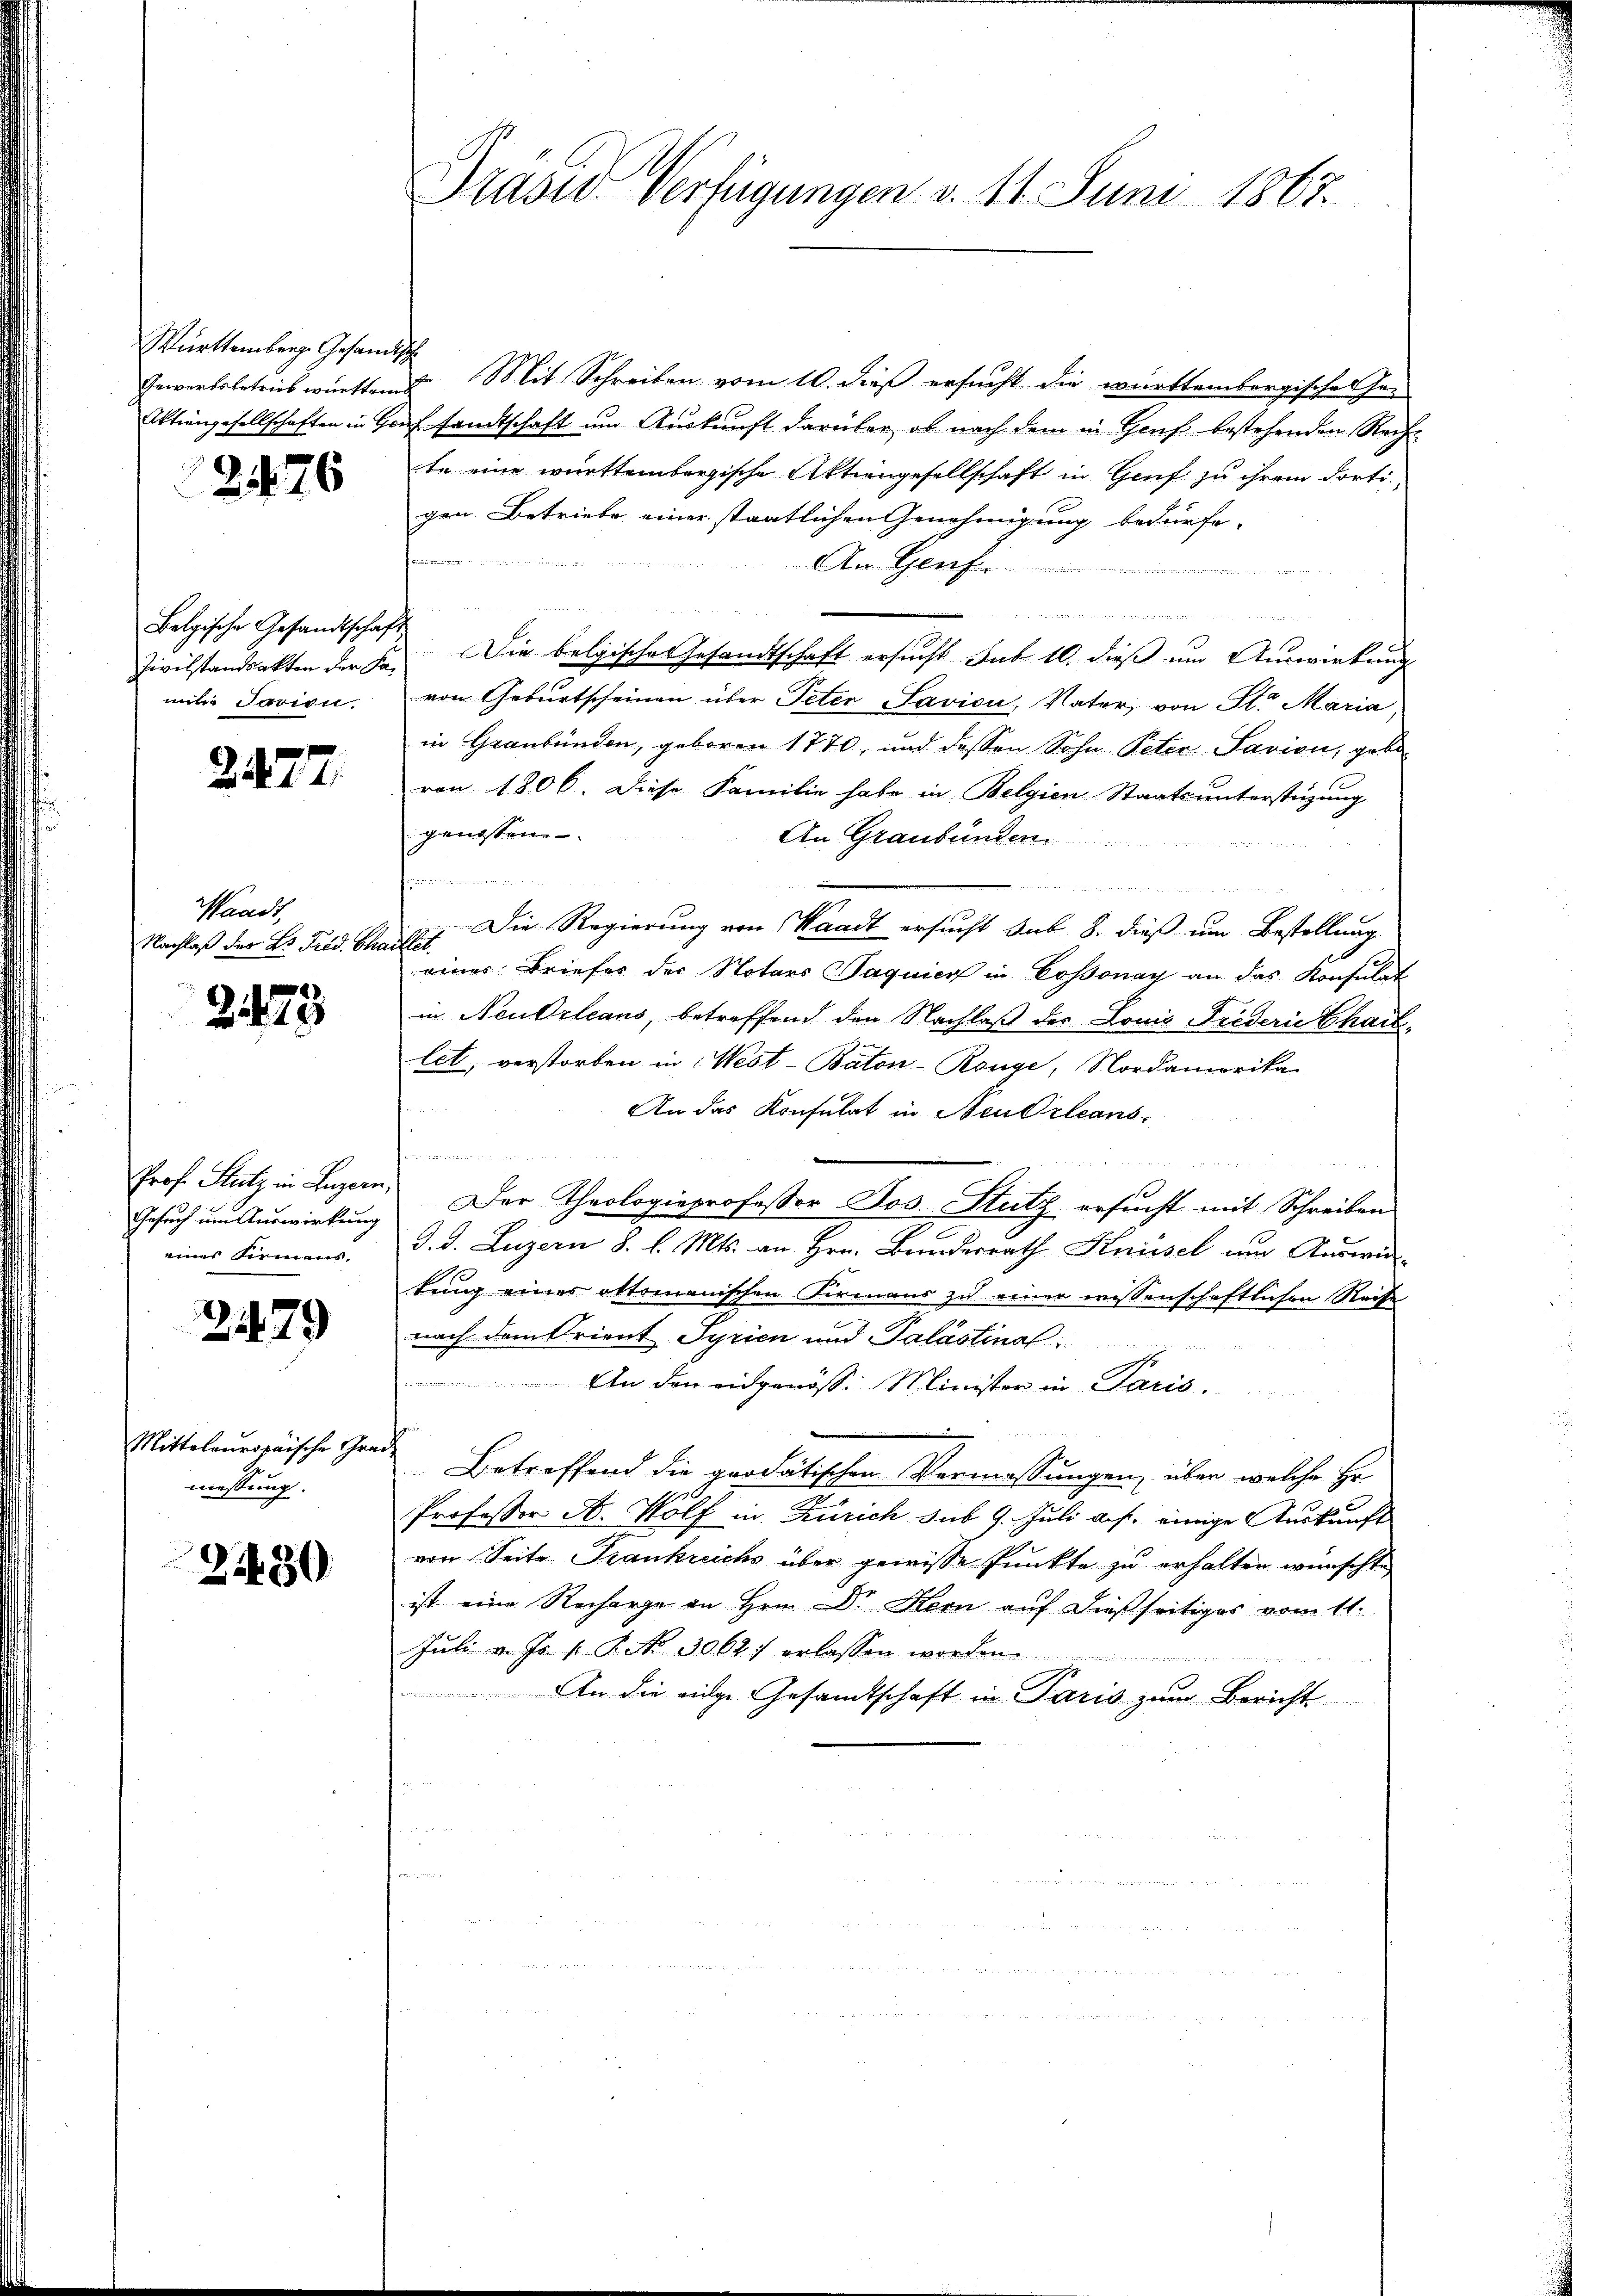
Württemberg. Gesandtsch

2476

Belgische Gesandtschaft
milie darin.

2477.

Waadt,
Nachlaß der Dr. Fred. Chaillet

2125

Gesuch um Auswirkung
eines Formens,

2479

Mittelauropäische Graniessung.

2480

Präsid Verfügungen v. 11. Juni 1867.

Gewerbsbetrieb württem Mit Schreiben vom 10. dieß ersucht die württembergischen Gen
Aktrangesellschaften in Hausandtschaft um Auskunft darüber, ob nach dem in Genf bestehenden Recht
te eine württembergische Aktiengesellschaft in Genf zu ihrem dortigen Betriebe einer staatlichen Genehmigung bedürfe,
f Bremente i
An Genf
de er de
 et man und des

Zivilstandsakten der Fa. Die belgische Gesandtschaft ersucht sub 10. dieß um Auswirkung
von Geburtscheinen über Peter Savion, Vater, von St. Maria,
in Graubünden, geboren 1770, und dessen Sohn Peter Savion, geboren 1806. Diese Familie habe in Belgien Staatsunterstüzung
grüssten
An Graubünden.
e
Die Regierung von Waadt ersucht sub. 8. dieß um Bestellung
eines Briefes der Notars Paquier in Cossonay an das Konsulat
in Neubrleans, betreffend den Nachlaß des Louis Fiederie Chaislet, verstorben in West-Baton-Ronge, Nordamerika
An das Konsulat in Neu Orleans
u
Prof. Stutz in Luzern. Der Theologieprofessor Jos. Stutz ersucht mit Schreiben
i
J. d. Luzern 8. l. Mts. an Hrn. Bunderrath Knüsel um Auswir-
kung eines ottomanischen Firmans zu einer wissenschaftlichen Reise
nach dem Orient Syrien und Palästinal

An den eidgenöss. Minister in Paris.
de Betreffend die prodatischen Vermassungen, über welche Hr.
Professor A. Wolf in Zürich sub 9. Juli a. f. einige Auskunft
von Seite Frankreichs über gewisse Punkte zu erhalten wünschte
ist eine Recharge an Hrn. Dr Kern auf dießseitiges vom 11.
Juli v. Js. f. P. Nr. 30627 erlassen worden.
An die eige Gesamtschaft in Paris zum Bericht